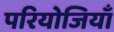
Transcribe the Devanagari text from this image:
परियोजियाँ